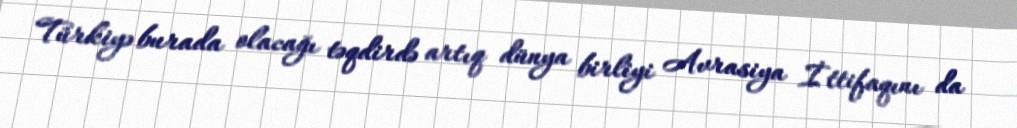
Türkiyə burada olacağı təqdirdə artıq dünya birliyi Avrasiya İttifaqını da